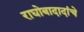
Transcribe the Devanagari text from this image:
राघोबादादांचे